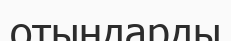
отындарды